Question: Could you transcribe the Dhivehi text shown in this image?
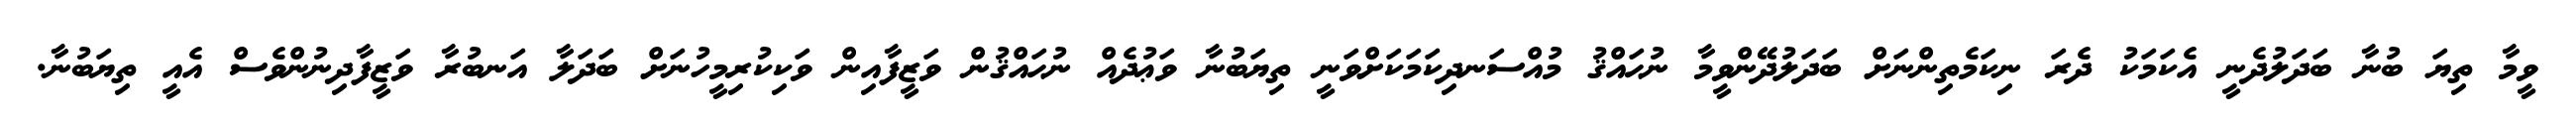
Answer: ވީމާ ތިޔަ ބުނާ ބަދަލުދެނީ އެކަމަކު ދެރަ ނިކަމެތިންނަށް ބަދަލުދޭންވީމާ ނުޙައްޤު މުއްސަނދިކަމަކަށްވަނީ ތިޔަބުނާ ވަޢުދެއް ނުޙައްޤުން ވަޒީފާއިން ވަކިކުރިމީހުނަށް ބަދަލާ އަނބުރާ ވަޒީފާދިނުންވެސް އެއީ ތިޔަބުނާ.